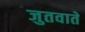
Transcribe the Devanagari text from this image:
जुतवाते